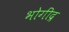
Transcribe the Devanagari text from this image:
भोगींद्र